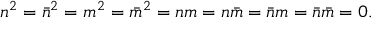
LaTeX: n ^ { 2 } = \bar { n } ^ { 2 } = m ^ { 2 } = \bar { m } ^ { 2 } = n m = n \bar { m } = \bar { n } m = \bar { n } \bar { m } = 0 .